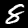
Label: 8